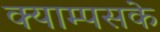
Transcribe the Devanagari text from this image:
क्याम्पसके